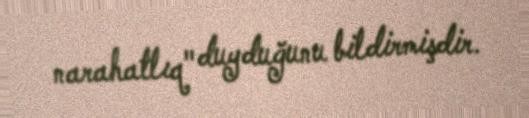
narahatlıq" duyduğunu bildirmişdir.